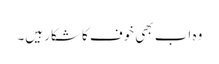
وہ اب بھی خوف کا شکار ہیں۔